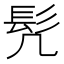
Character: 髠